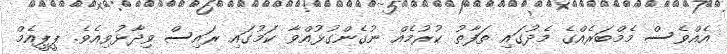
އެއްވެސް މެމްބަރެއްގެ މެދުގައި ތަފާތު ކުރުމެއް ނުގެންގުޅުއްވާ ކަމުގައި ރައިސް ވިދާޅުވިއެވެ. ޕީޕީއެމް